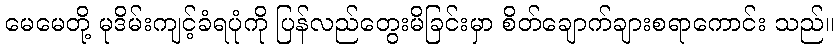
မေမေတို့ မုဒိမ်းကျင့်ခံရပုံကို ပြန်လည်တွေးမိခြင်းမှာ စိတ်ချောက်ချားစရာကောင်း သည်။